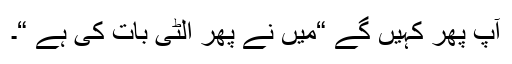
آپ پھر کہیں گے “میں نے پھر الٹی بات کی ہے “۔